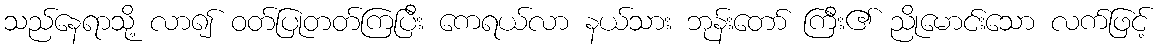
သည်နေရာသို့ လာ၍ ဝတ်ပြုတတ်ကြပြီး ကေရယ်လာ နယ်သား ဘုန်းတော် ကြီး၏ ညိုမောင်းသော လက်ဖြင့်